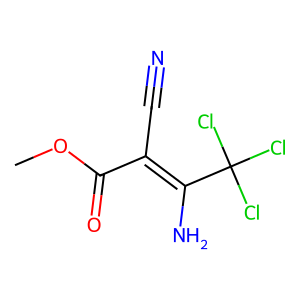
SMILES: COC(=O)C(C#N)=C(N)C(Cl)(Cl)Cl
Inhibits HIV replication: No